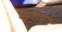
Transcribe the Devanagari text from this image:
मावापुरा